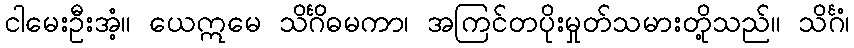
ငါမေးဦးအံ့။ ယေဣမေ သိင်္ဂိဓမကာ၊ အကြင်တပိုးမှုတ်သမားတို့သည်။ သိင်္ဂံ၊